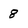
Character: 8